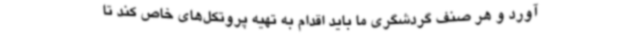
آورد و هر صنف گردشگری ما باید اقدام به تهیه پروتکل‌های خاص کند تا